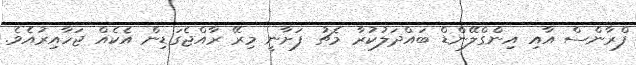
ފްރާންސް އާއި އިންގްލޭންޑް ބައްދަލުކުރާ މެޗު ފަށާނީ މިރޭ ރާއްޖެގަޑިން އެކެއް ޖަހާއިރުއެވެ.